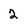
Character: 2